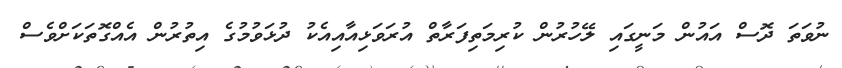
ނުވަތަ ދޮސް އައުން މަނީގައި ލޭހުރުން ކުރިމަތިފަރާތް އުރަވަޅިއާއިއެކު ދުޅަވުމުގެ އިތުރުން އެއްގޮތަކަށްވެސް